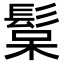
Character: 𩭚